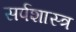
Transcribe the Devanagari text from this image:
सर्पशास्त्र